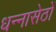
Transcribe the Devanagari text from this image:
धन्नासेठों